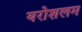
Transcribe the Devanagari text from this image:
यरोशलम